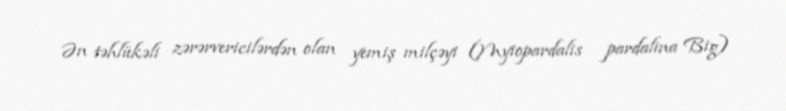
Ən təhlükəli zərərvericilərdən olan yemiş milçəyi (Myiopardalis pardalina Big)